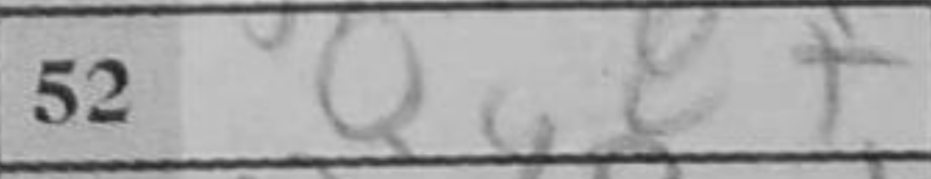
Transcription: Qg8+